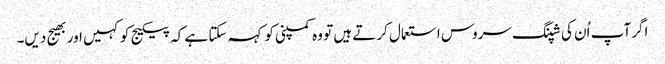
اگر آپ اُن کی شپنگ سروس استعمال کرتے ہیں تو وہ کمپنی کو کہہ سکتا ہے کہ پیکیج کو کہیں اور بھیج دیں۔